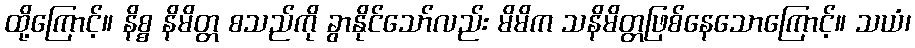
ထို့ကြောင့်။ နိစ္စ နိမိတ္တ စသည်ကို ခွာနိုင်သော်လည်း မိမိက သနိမိတ္တဖြစ်နေသောကြောင့်။ သယံ၊